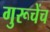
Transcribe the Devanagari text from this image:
गुरूचेंच